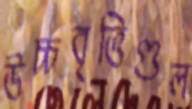
উচ্চবৃত্তিগুল